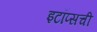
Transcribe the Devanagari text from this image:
इटॉप्सची